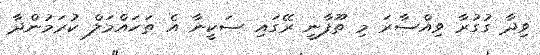
ވިދާ ގުގުރާ ވިއްސާރަ މި ތޫފާނީ ރޭގައި ސަކީނާ އެ ތަހައްމަލް ކުރަމުންދާ